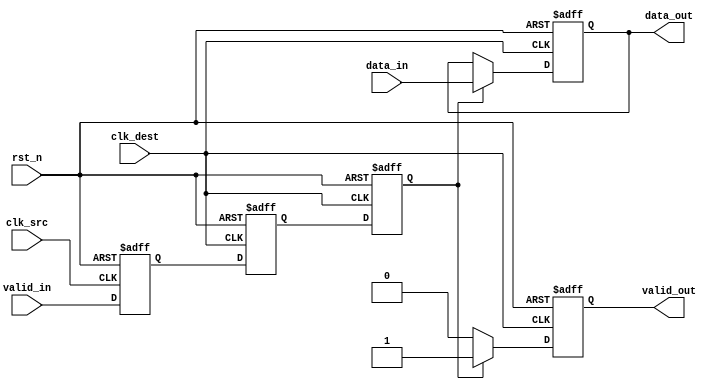
module memory_blocks_handshake_synchronizer #(
    parameter DATA_WIDTH = 8,         // Width of the data bus
    parameter RESET_ACTIVE_LOW = 1    // Reset active low (1) or active high (0)
)(
    input  wire [DATA_WIDTH-1:0] data_in,   // Data from source clock domain
    input  wire valid_in,                    // Valid signal from source clock domain
    input  wire clk_src,                     // Clock signal for source domain
    input  wire clk_dest,                    // Clock signal for destination domain
    input  wire rst_n,                       // Reset signal (active low if RESET_ACTIVE_LOW = 1)
    output reg [DATA_WIDTH-1:0] data_out,   // Synchronized data for destination clock domain
    output reg valid_out                     // Valid signal for destination clock domain
);

    // Internal signals for synchronization
    reg valid_in_sync1, valid_in_sync2;     // Dual flip-flop synchronizer for valid_in
    reg data_valid;                          // Temporary data valid signal for handshaking

    // Asynchronous reset logic
    always @(posedge clk_src or negedge rst_n) begin
        if (!rst_n) begin
            data_valid <= 1'b0;               // Reset data valid signal
        end else begin
            data_valid <= valid_in;           // Capture valid_in
        end
    end

    // Dual flip-flop synchronizer for valid_in
    always @(posedge clk_dest or negedge rst_n) begin
        if (!rst_n) begin
            valid_in_sync1 <= 1'b0;
            valid_in_sync2 <= 1'b0;
        end else begin
            valid_in_sync1 <= data_valid;     // First stage of synchronization
            valid_in_sync2 <= valid_in_sync1; // Second stage of synchronization
        end
    end

    // Data transfer logic
    always @(posedge clk_dest or negedge rst_n) begin
        if (!rst_n) begin
            data_out <= {DATA_WIDTH{1'b0}};    // Reset data_out
            valid_out <= 1'b0;                 // Reset valid_out
        end else begin
            if (valid_in_sync2) begin
                data_out <= data_in;           // Latch data_in on valid signal
                valid_out <= 1'b1;              // Assert valid_out
            end else begin
                valid_out <= 1'b0;               // Deassert valid_out if not valid
            end
        end
    end

endmodule